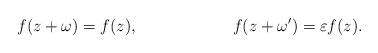
LaTeX: \begin{align*} f(z + \omega) &= f(z), & f(z + \omega') &= \varepsilon f(z). \end{align*}